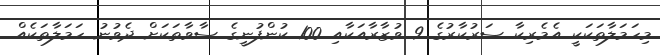
މިހަމަލާތަކަކީ އެމެރިކާ ސަރުކާރުގެ 9 ވުޒާރާއަކާއި 100 ކުންފުނީގެ ސާވާތަކަށް ދެވުނު ހަމަލާތަކެއް